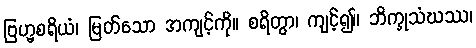
ဗြဟ္မစရိယံ၊ မြတ်သော အကျင့်ကို။ စရိတွာ၊ ကျင့်၍။ ဘိက္ခုသံဃဿ၊